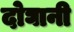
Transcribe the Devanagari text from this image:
दोघानी